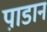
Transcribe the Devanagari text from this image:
पा़डान